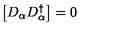
\left[ D _ { \alpha } D _ { \alpha } ^ { \dagger } \right] = 0